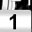
Digit: 1